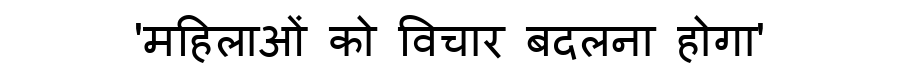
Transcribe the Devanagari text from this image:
'महिलाओं को विचार बदलना होगा'